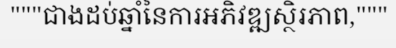
"""ជាងដប់ឆ្នាំនៃការអភិវឌ្ឍស្ថិរភាព,"""